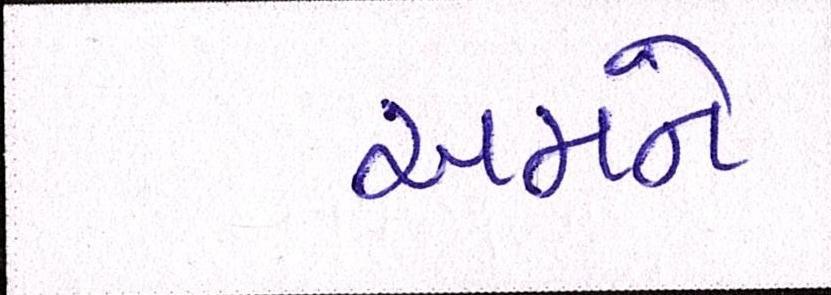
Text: અમને